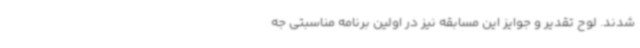
شدند. لوح تقدیر و جوایز این مسابقه نیز در اولین برنامه مناسبتی جه